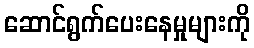
ဆောင်ရွက်ပေးနေမှုများကို